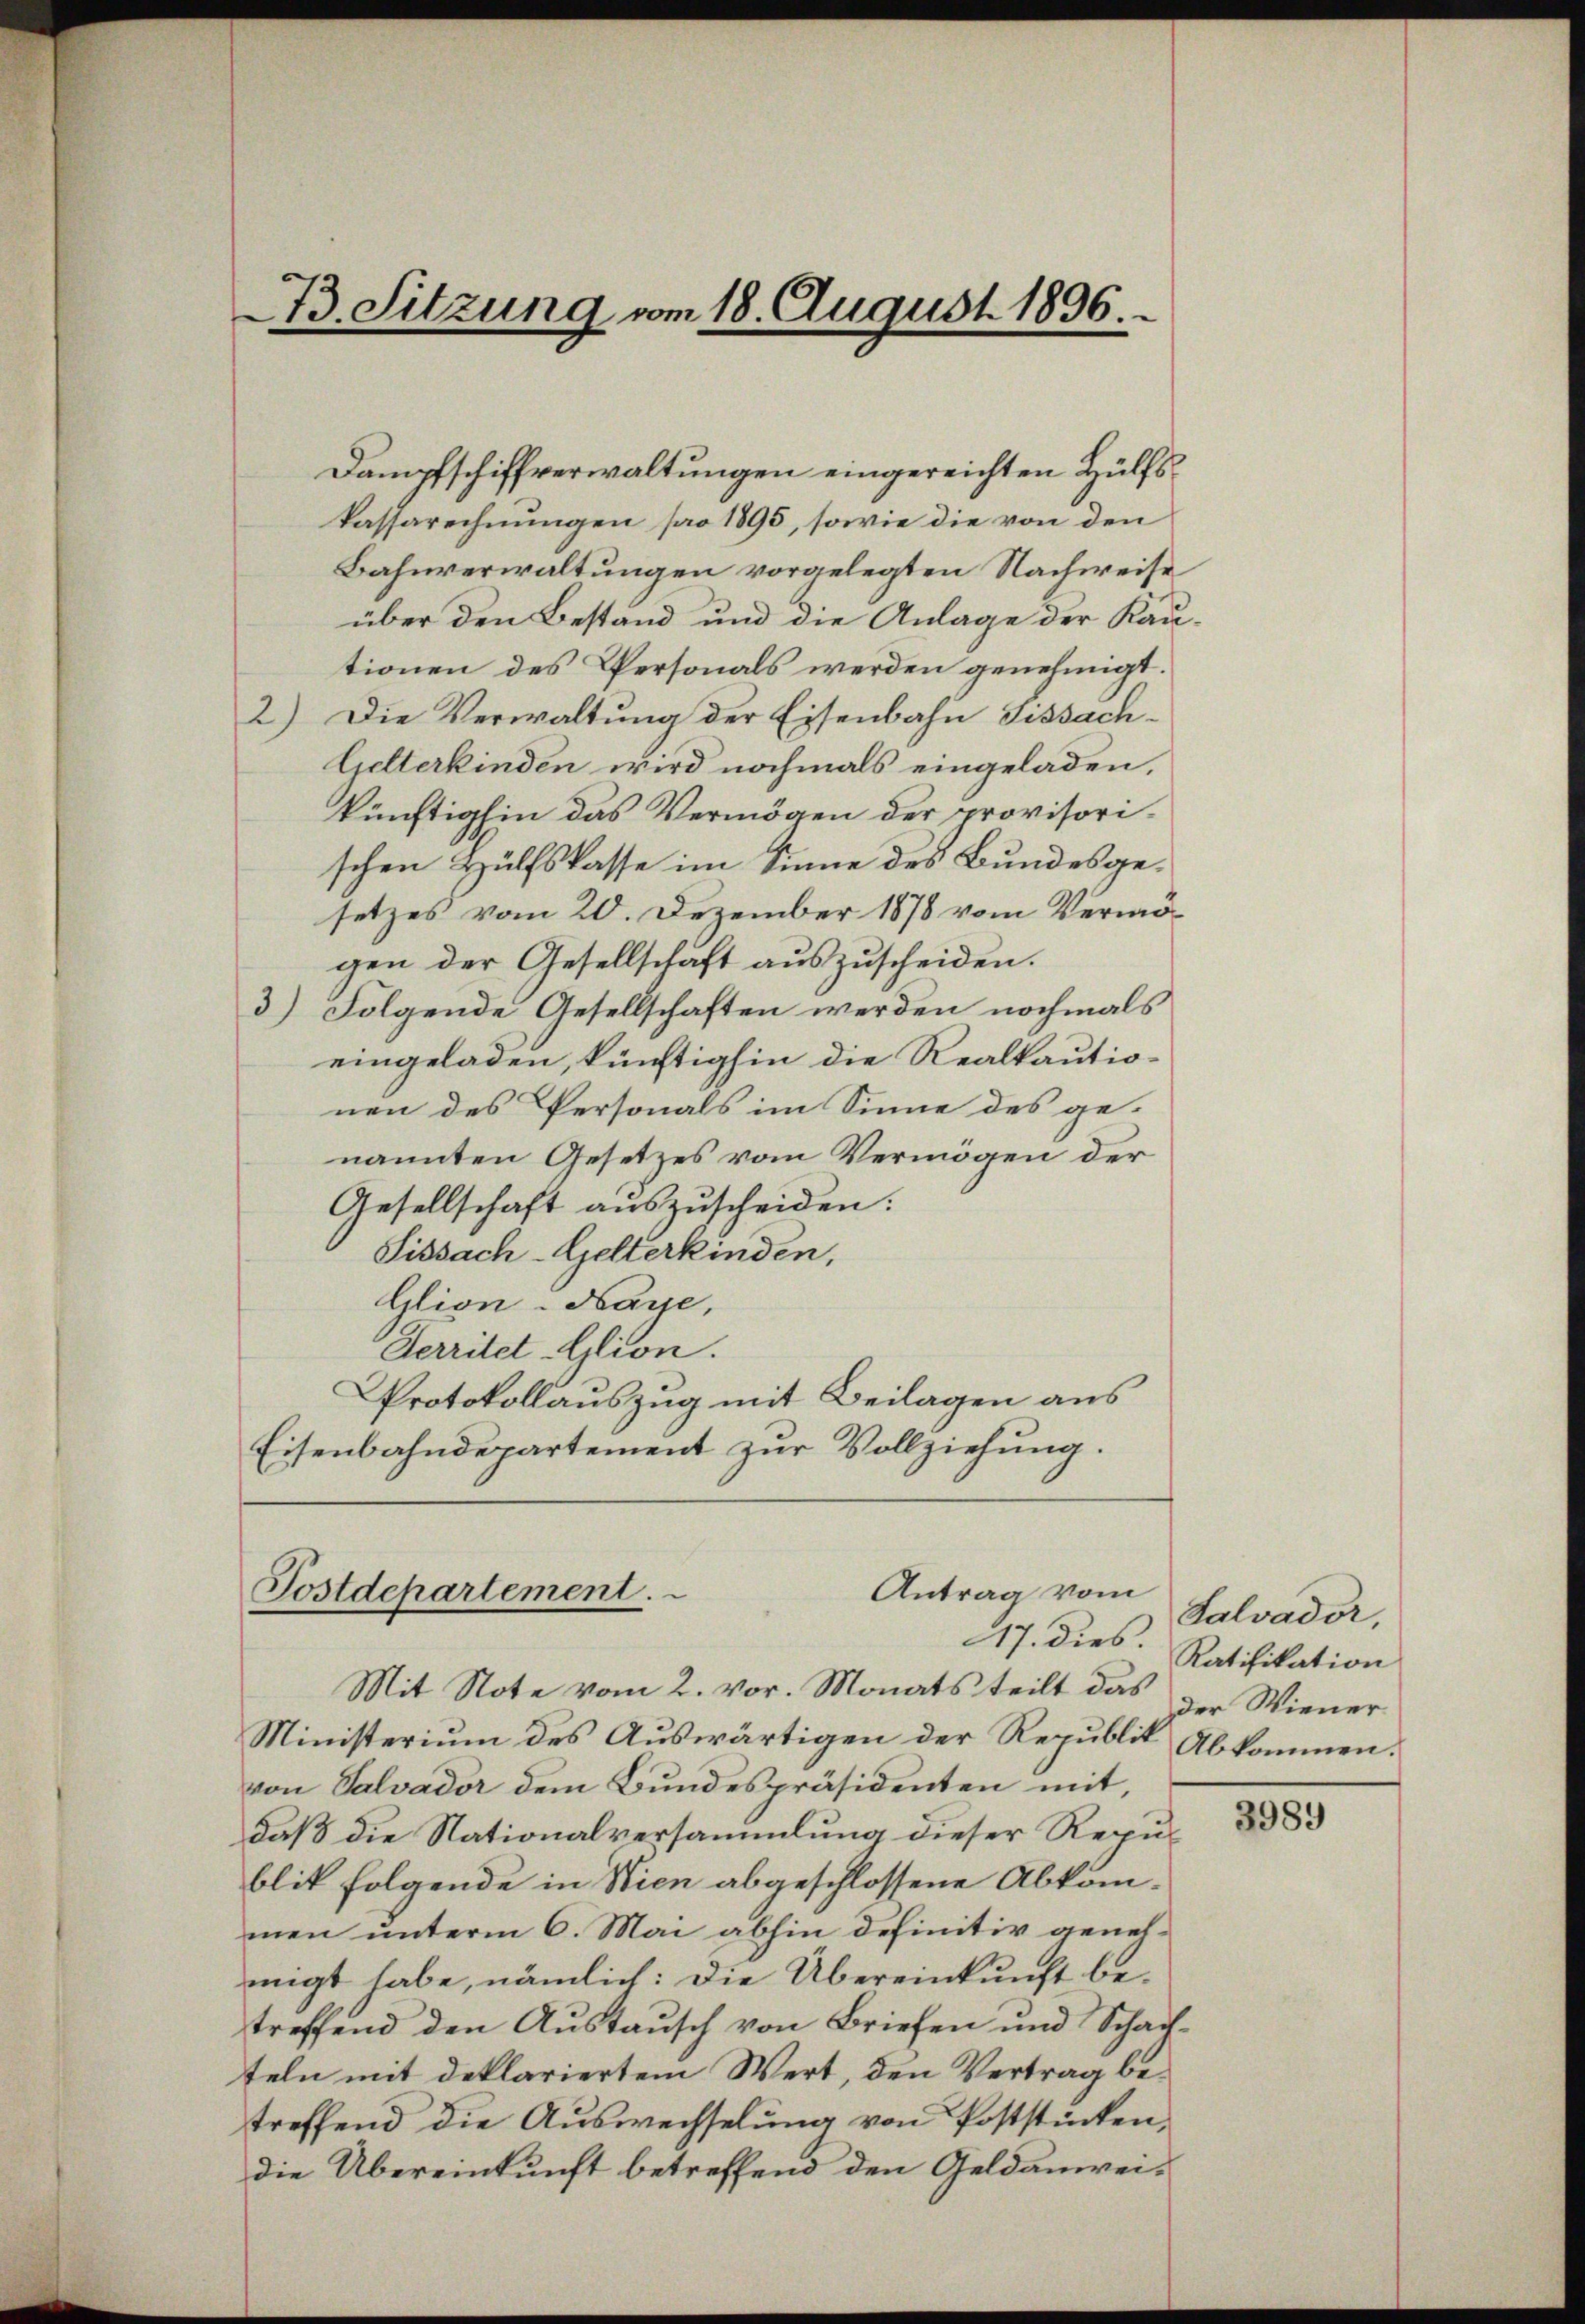
73. Sitzung vom 18. August 1896.

Dampfschiffverwaltungen eingereichten Hülfskassarechnungen pro 1895, sowie die von den
Bahnverwaltungen vorgelegten Nachweise
über den Bestand und die Anlage der Kautionen des Personals werden genehmigt.
2) Die Verwaltung der Eisenbahn Fissach¬
Gelterkinden wird nochmals eingeladen,
künftighin das Vermögen der provisorischen Hülfskasse im Sinne des Bundesgesetzes vom 20. Dezember 1878 vom Vermögen der Gesellschaft auszuscheiden.
3) Folgende Gesellschaften werden nochmals
eingeladen, künftighin die Realkautionen des Personals im Sinne des ge-
nannten Gesetzes vom Vermögen der
Gesellschaft auszuscheiden.
Sissach-Gelterkinden,
Glion-Naye,
Serritet-Glion.
Protokollauszug mit Beilagen aus
Eisenbahndepartement zur Vollziehung.
Antrag vom
Postdepartement.
17. dies. Ratifikation
Mit Note vom 2. vor. Monats teilt das
Ministerium des Auswärtigen der Republik
von Salvador dem Bundespräsidenten mit,
daß die Nationalversammlung dieser Republik folgende in Wien abgeschlossene Abkömmen unterm 6. Mai abhin definitiv genehmigt habe, nämlich: Die Übereinkunft betreffend den Austausch von Briefen und Schachteln mit deklariertem Wert, den Vertrag betreffend die Auswechselung von Poststückendie Übereinkunft betreffend den Geldanwei¬

Salvader,
der Wiener
Abkommen.

3989